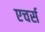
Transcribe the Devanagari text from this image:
एचर्स